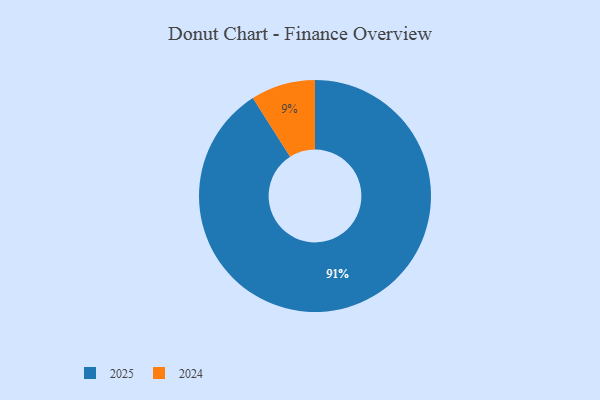
{"axis": {"x": "Category", "y": "Percentage"}, "legend": ["2024", "2025"], "data": [{"x": "2024", "y": 9, "type": "2024"}, {"x": "2025", "y": 91, "type": "2025"}]}